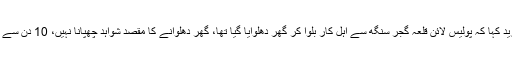
اعترافی بیان میں اسد بھٹی نے مزید کہا کہ پولیس لائن قلعہ گجر سنگھ سے اہل کار بلوا کر گھر دھلوایا گیا تھا، گھر دھلوانے کا مقصد شواہد چھپانا نہیں، 10 دن سے کرائے پر لیا گھر واپس کرنا تھا۔